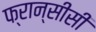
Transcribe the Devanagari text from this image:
फ्रान्सीसी